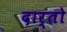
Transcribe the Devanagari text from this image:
दार्तो